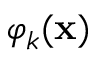
\varphi _ { k } ( { \bf x } )